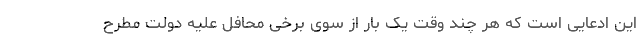
این ادعایی است که هر چند وقت یک بار از سوی برخی محافل علیه دولت مطرح